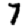
Digit: 7